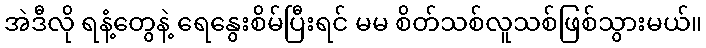
အဲဒီလို ရနံ့တွေနဲ့ ရေနွေးစိမ်ပြီးရင် မမ စိတ်သစ်လူသစ်ဖြစ်သွားမယ်။